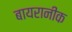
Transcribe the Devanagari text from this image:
बायरानीक